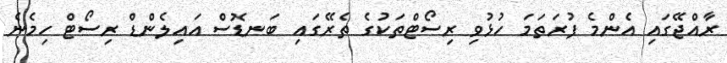
ރާއްޖޭގައި އެންމެ ފުރަތަމަ ހުޅުވި ރިސޯޓްތަކުގެ ތެރޭގައި ބަނޑޮސް އައިލެންޑް ރިސޯޓް ހިމެނެ